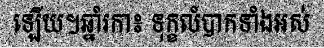
ឡើយ។ឆ្នាំរកា៖ ទុក្ខលំបាកទាំងអស់